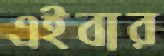
এইবার